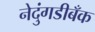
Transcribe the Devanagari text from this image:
नेदुंगडीबँक